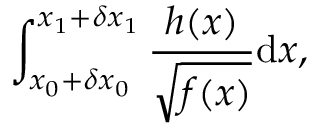
\int _ { x _ { 0 } + \delta x _ { 0 } } ^ { x _ { 1 } + \delta x _ { 1 } } \frac { h ( x ) } { \sqrt { f ( x ) } } \mathrm { d } x ,